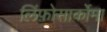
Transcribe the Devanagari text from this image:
लिंफ़ोसार्कोमा